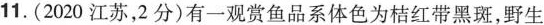
11.(2020江苏，2分)有一观赏鱼品系体色为桔红带黑斑，野生